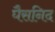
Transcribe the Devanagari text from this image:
घैसनिद